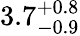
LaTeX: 3.7_{-0.9}^{+0.8}